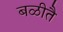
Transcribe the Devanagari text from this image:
बळीतै